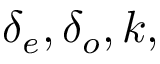
\delta _ { e } , \delta _ { o } , k ,